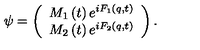
\psi = \left( \begin{array} { l } { M _ { 1 } \left( t \right) e ^ { i F _ { 1 } \left( q , t \right) } } \\ { M _ { 2 } \left( t \right) e ^ { i F _ { 2 } \left( q , t \right) } } \\ \end{array} \right) . \,